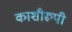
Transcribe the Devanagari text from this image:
काशीरूपी